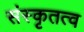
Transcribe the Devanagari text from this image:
संस्कृतत्व